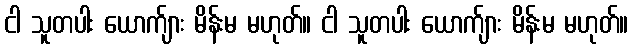
ငါ သူတပါး ယောက်ျား မိန်းမ မဟုတ်။ ငါ သူတပါး ယောက်ျား မိန်းမ မဟုတ်။